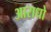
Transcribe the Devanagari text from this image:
आराधो